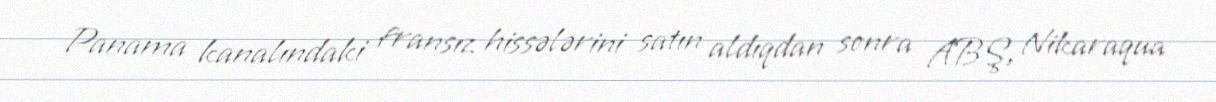
Panama kanalındaki fransız hissələrini satın aldıqdan sonra ABŞ, Nikaraqua